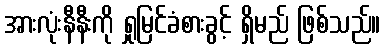
အားလုံးနီနီးကို ရှုမြင်ခံစားခွင့် ရှိမည် ဖြစ်သည်။